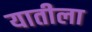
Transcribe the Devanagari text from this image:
यातीला